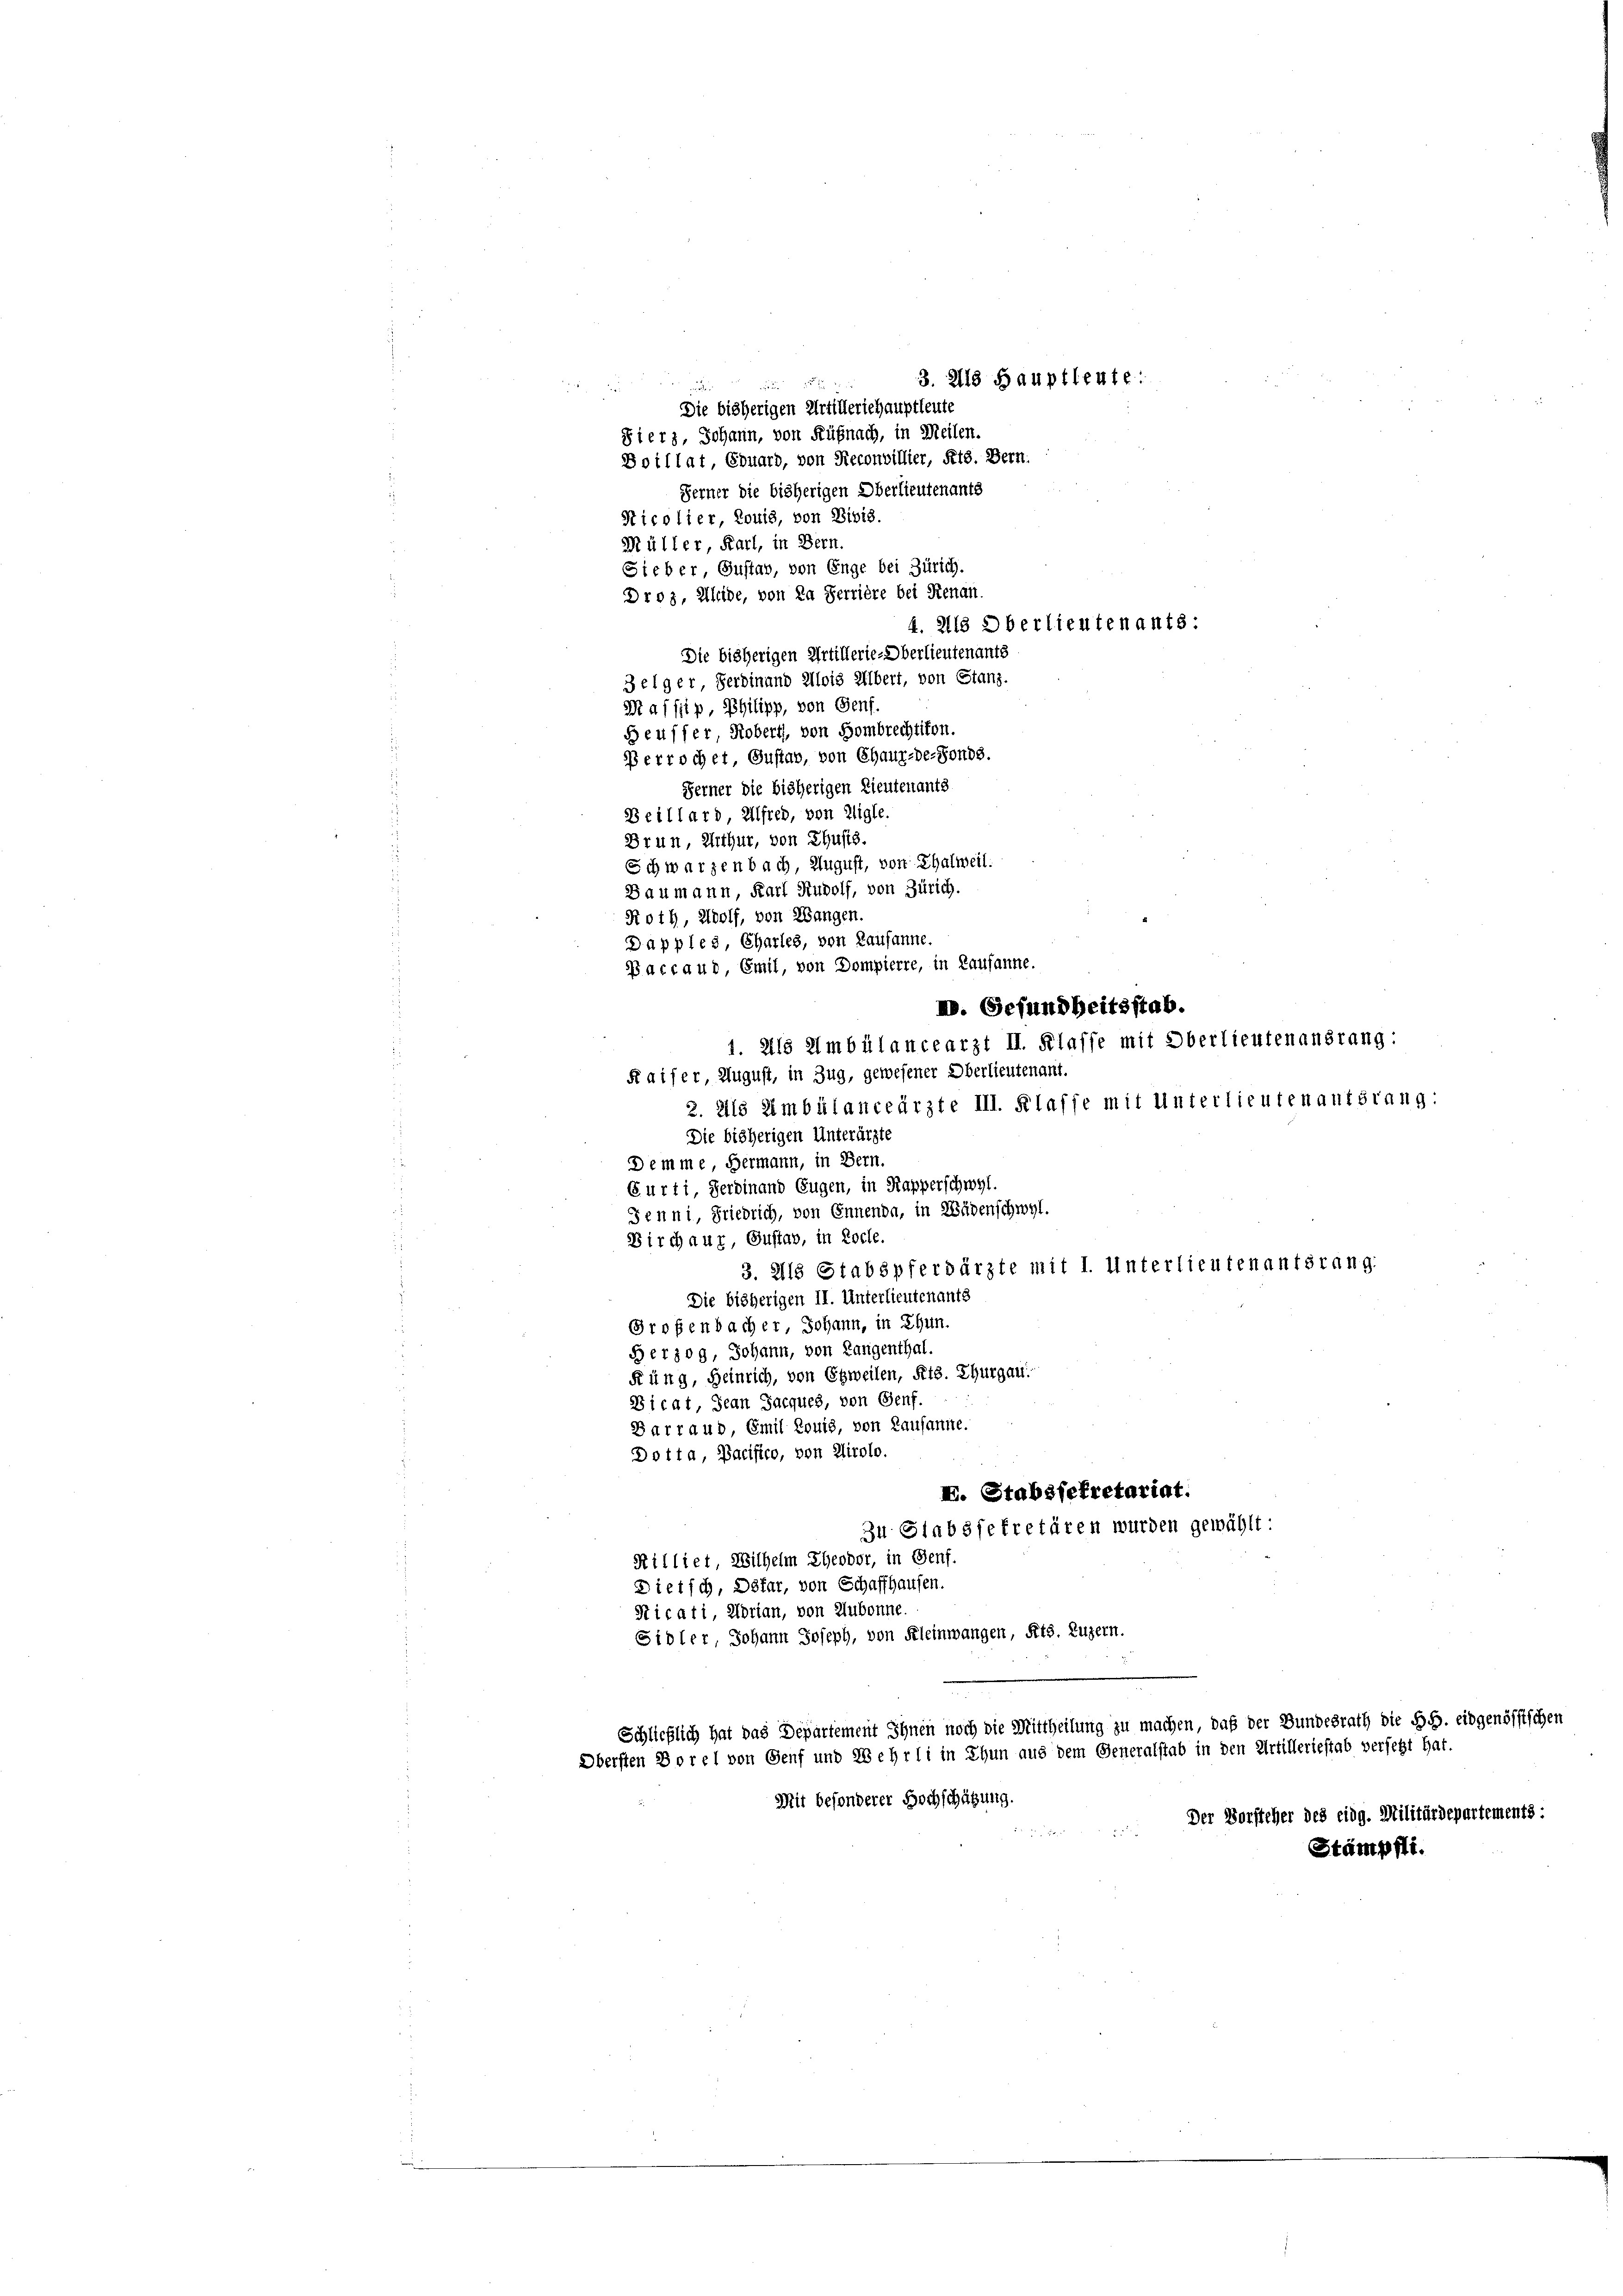
Die bisherigen Artilleriehauptleute
Fierz, Johann, von Küßnach, in Meilen.
Boillat, Eduard, von Reconvillier, Kts. Bern.
Ferner die bisherigen Oberlieutenants
Nicolier, Louis, von Bibis.
Müller, Karl, in Bern.
Sieber, Gustav, von Enge bei Zürich.
Ferner die bisherigen Lieutenants
Beillard, Alfred, von Aigle.
Brun, erthur, von Thusis.
Schwarzenbach, August, von Thalweil:
2. Ils Ambülanceärzte III. Klasse mit Unterlieutenantsrang
Die bisherigen Unterärzte
Demme, Hermann, in Bern.
Curti, Gerdinand Eugen, in Kapperschwyl.
Jenni, Friedrich, von Ennenda, in Wädenschwyl.
Dirchaus, Gustav, in Roche.
3. 218 Stabspferdärzte mit I. Unterlieutenantsrang.
Die bisherigen II. Unterlieutenants
Großenbacher, Johann, in Thun.
Ber 309, Johann, von Langenthal.
Küng, Heinrich, von Egweilen, Kts. Thurgau.
Dicat, Jean Jacques, von Genf.
Barraud, Emil Louis, von Lausanne.
Dotta, Pacifico, von Airolo.
I. Stabsfekretariat.
Zu Stabssekretären wurden gewählt:
Rilliet, Wilhelm Theodor, in Genf.
Dietsch, Döfar, von Schaffhausen.
Sicati, Adrian, von Aubonne.
Sidler, Johann Joseph, von Fleinwangen, Kts. Luzern.
Schließlich hat das Departement Ihnen noch die Mittheilung zu machen, daß der Bundesrath die RG. eidgenössischen
Obersten Dorel von Genf und 28 ehrli in Thun aus dem Generalstab in den Artilleriestab versetzt hat.

Dros, Kleide, von Da Serriere bei Renan.
Die bisherigen Artillerie-Oberlieutenants
Zelger, Ferdinand Alois Albert, von Stanz.
Daffip, Philipp, von Genf.
Heuffer, Robert, von Hombrechtikon.
Perrochet, Gustav, von Chaux-de-Fonds.

Baumann, Karl Rudolf, von Zürich.
Roth, Wolf, von Rangen.
Dapples, Charles, von Lausanne.
Baccaud, Emil, von Dompierre, in Lausanne.
Faifer, August, in Zug, gewesener Oberlieutenant.

Mit besonderer Hochschätzung.

3. Als Hauptleute:

4. 218 Oberlieutenants:

XV. Gesundheitsstab.
1. als Ambülancearzt II. Klasse mit Oberlieutenansrang:

Der Vorsteher des eidg. Militärdepartements:
Stämpfli.